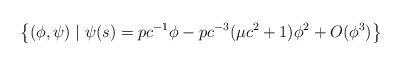
LaTeX: \begin{align*}\left\{ (\phi, \psi) \mid \psi(s)=pc^{-1}\phi -pc^{-3}(\mu c^{2}+1)\phi^{2}+O(\phi^{3}) \right\}\end{align*}